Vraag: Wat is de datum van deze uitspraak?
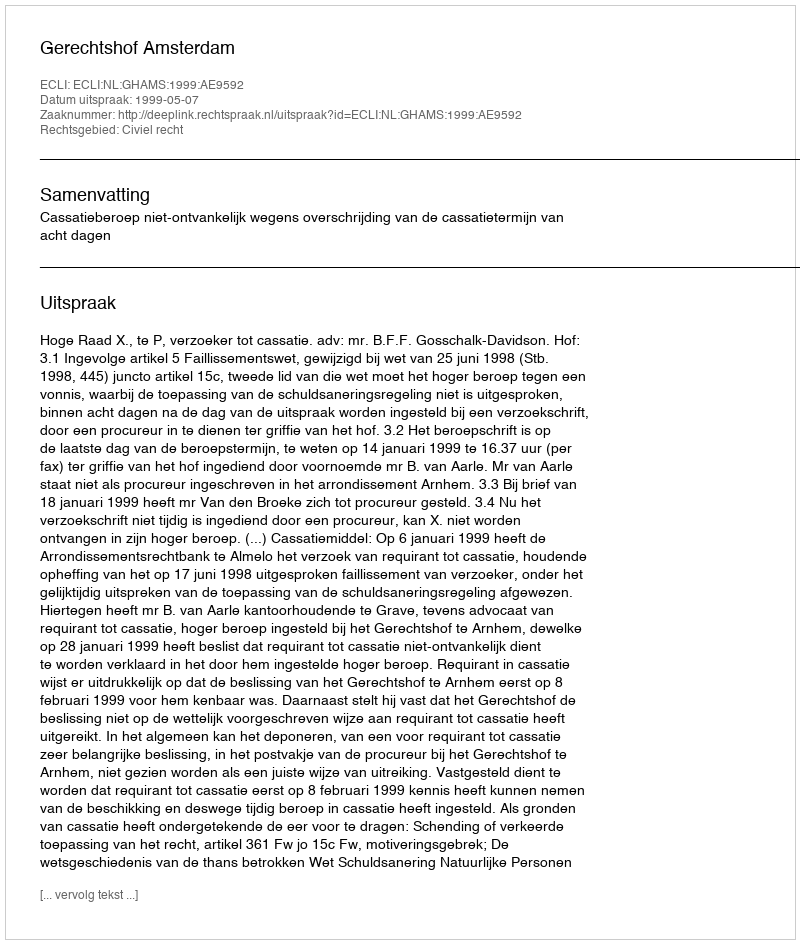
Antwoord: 1999-05-07